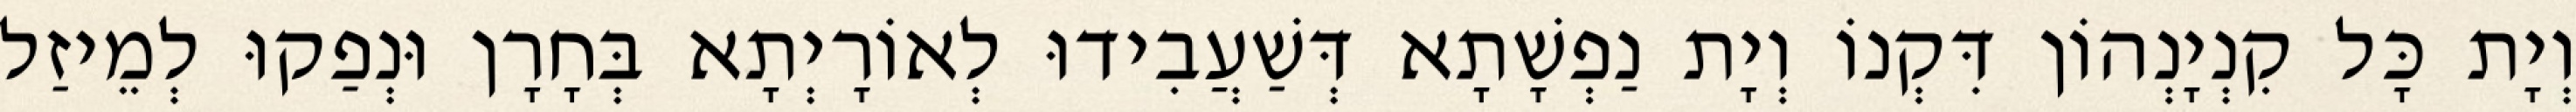
וְיָת כָּל קִנְיָנְהוֹן דִּקְנוֹ וְיָת נַפְשָׁתָא דְּשַׁעֲבִידוּ לְאוֹרָיְתָא בְּחָרָן וּנְפַקוּ לְמֵיזַל